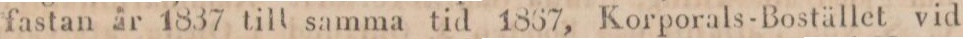
fastan år 1837 till samma tid 1867, Korporals-Bostället vid